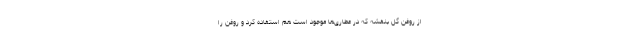
از روغن گل بنفشه که در عطاری‌ها موجود است هم استفاده کرد و روغن را